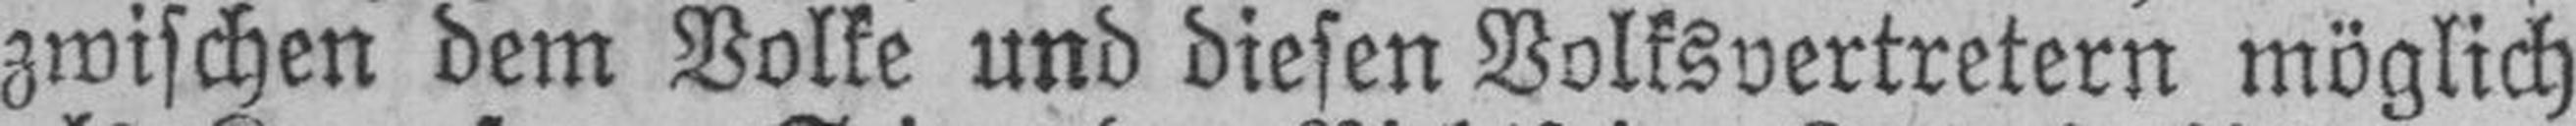
zwischen dem Volke und diesen Volksvertretern möglich